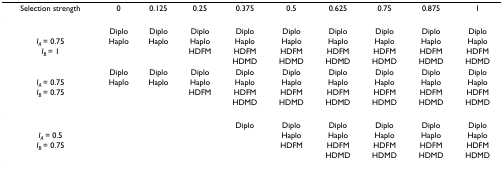
| Selection strength | 0 | 0.125 | 0.25 | 0.375 | 0.5 | 0.625 | 0.75 | 0.875 | 1 |
 | --- | --- | --- | --- | --- | --- | --- | --- | --- | --- |
 |  | Diplo | Diplo | Diplo | Diplo | Diplo | Diplo | Diplo | Diplo | Diplo |
 | IA = 0.75 | Haplo | Haplo | Haplo | Haplo | Haplo | Haplo | Haplo | Haplo | Haplo |
 | IB = 1 |  |  | HDFM | HDFM | HDFM | HDFM | HDFM | HDFM | HDFM |
 |  |  |  |  | HDMD | HDMD | HDMD | HDMD | HDMD | HDMD |
 |  | Diplo | Diplo | Diplo | Diplo | Diplo | Diplo | Diplo | Diplo | Diplo |
 | IA = 0.75 | Haplo | Haplo | Haplo | Haplo | Haplo | Haplo | Haplo | Haplo | Haplo |
 | IB = 0.75 |  |  | HDFM | HDFM | HDFM | HDFM | HDFM | HDFM | HDFM |
 |  |  |  |  | HDMD | HDMD | HDMD | HDMD | HDMD | HDMD |
 |  |  |  |  | Diplo | Diplo | Diplo | Diplo | Diplo | Diplo |
 | IA = 0.5 |  |  |  |  | Haplo | Haplo | Haplo | Haplo | Haplo |
 | IB = 0.75 |  |  |  |  | HDFM | HDFM | HDFM | HDFM | HDFM |
 |  |  |  |  |  |  | HDMD | HDMD | HDMD | HDMD |